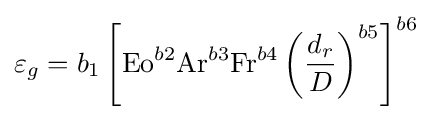
\varepsilon _{g}=b_{1}\left[{\text{Eo}}^{b2}{\text{Ar}}^{b3}{\text{Fr}}^{b4}\left({\frac {d_{r}}{D}}\right)^{b5}\right]^{b6}